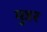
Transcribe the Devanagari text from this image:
मुन्नर